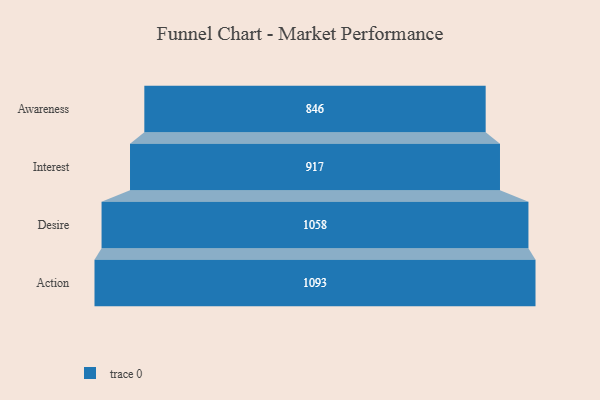
{"axis": {"x": "Stage", "y": "Value"}, "legend": [""], "data": [{"x": "Awareness", "y": 846.0, "type": ""}, {"x": "Interest", "y": 917.0, "type": ""}, {"x": "Desire", "y": 1058.0, "type": ""}, {"x": "Action", "y": 1093.0, "type": ""}]}